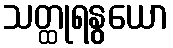
သတ္ထုရနွယော